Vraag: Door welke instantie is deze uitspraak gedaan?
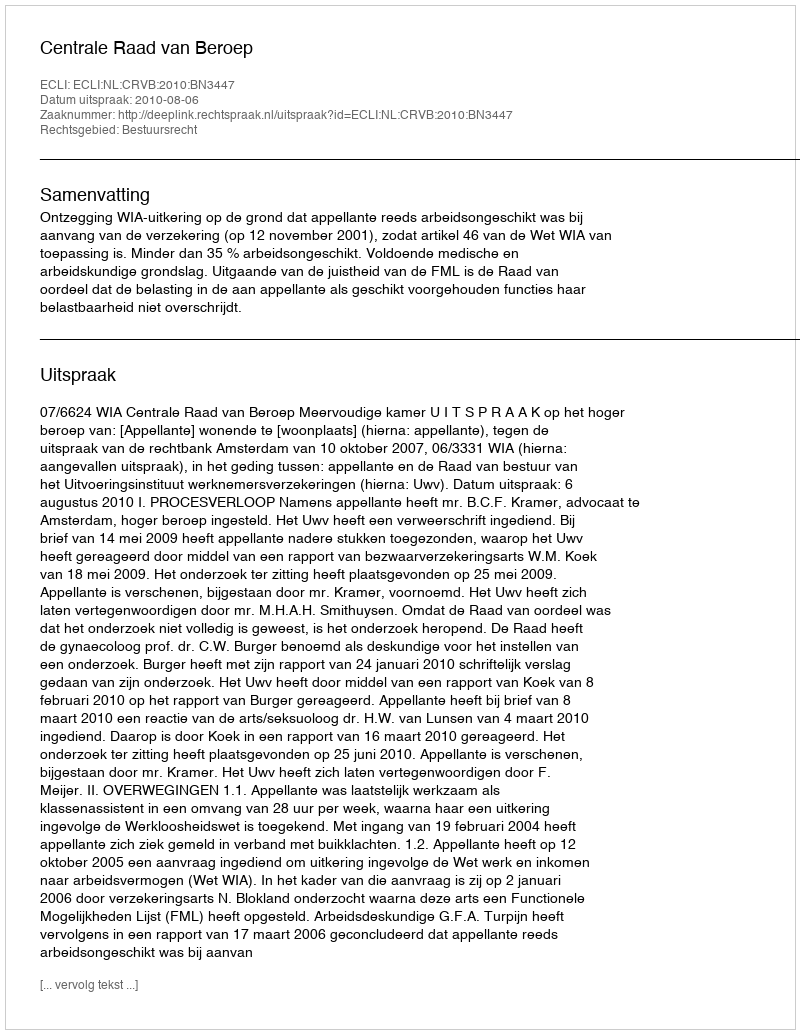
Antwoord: Centrale Raad van Beroep